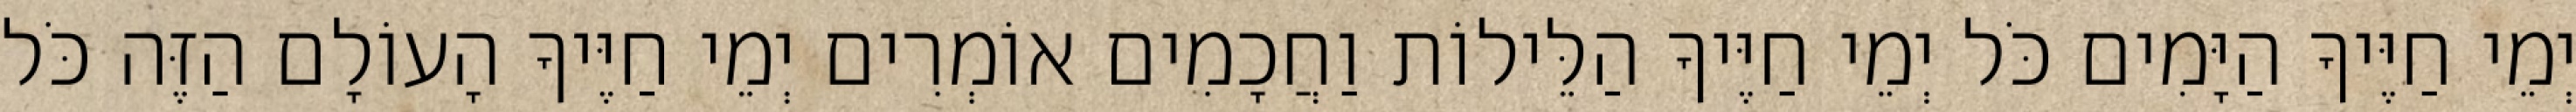
יְמֵי חַיֶּיךָ הַיָּמִים כֹּל יְמֵי חַיֶּיךָ הַלֵּילוֹת וַחֲכָמִים אוֹמְרִים יְמֵי חַיֶּיךָ הָעוֹלָם הַזֶּה כֹּל